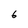
Character: 6